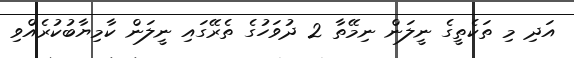
އަދި މި ތަކެތީގެ ނީލަން ނިމޭތާ 2 ދުވަހުގެ ތެރޭގައި ނީލަން ކާމިޔާބުކުރެއްވި